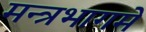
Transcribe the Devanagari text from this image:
मन्त्रभागमे